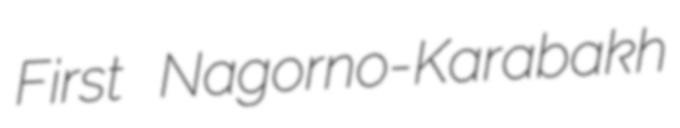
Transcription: First Nagorno-Karabakh